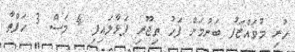
ހުރި މުވައްޒަފު ބަނުމަށް ފަހު ތިޖޫރި ފަޅާލައިފި 4 މަސް 3 ހަފްތާ